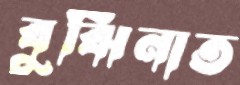
বুঝিনাত